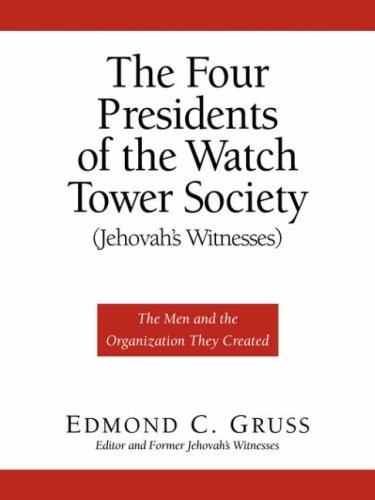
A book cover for The Four Presidents of the Watch Tower Society (Jehovah's Witnesses); Edmond C. Gruss; Christian Books & Bibles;